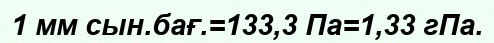
1 мм сын.бағ.=133,3 Па=1,33 гПа.